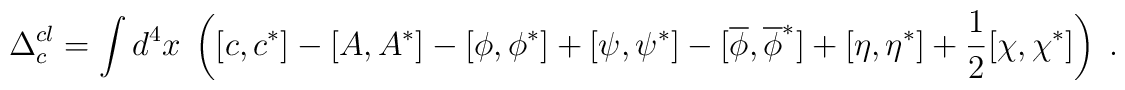
\Delta _c^{cl}=\int d^4x\;\left( [c,c^{*}]-[A,A^{*}]-[\phi ,\phi ^{*}]+[\psi,\psi ^{*}]-[\overline{\phi },\overline{\phi }^{*}]+[\eta ,\eta ^{*}]+\frac12[\chi ,\chi ^{*}]\right) \;.